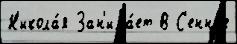
Н'икола́я Зан'има́ет В С'енно́е